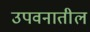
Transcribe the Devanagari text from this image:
उपवनातील